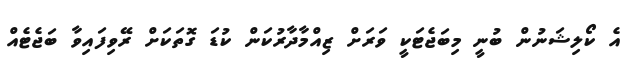
އެ ކޯލިޝަނުން ބުނީ މިބަޖެޓަކީ ވަރަށް ޒިއްމާދާރުކަން ކުޑަ ގޮތަކަށް ރޭވިފައިވާ ބަޖެޓެއް